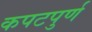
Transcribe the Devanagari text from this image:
कपटपुर्ण